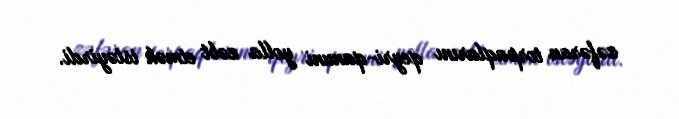
zəfəran torpaqlarını qeyri-qanuni yolla zəbt etmək istəyirdi.